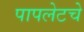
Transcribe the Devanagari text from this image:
पापलेटचे